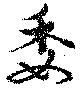
委